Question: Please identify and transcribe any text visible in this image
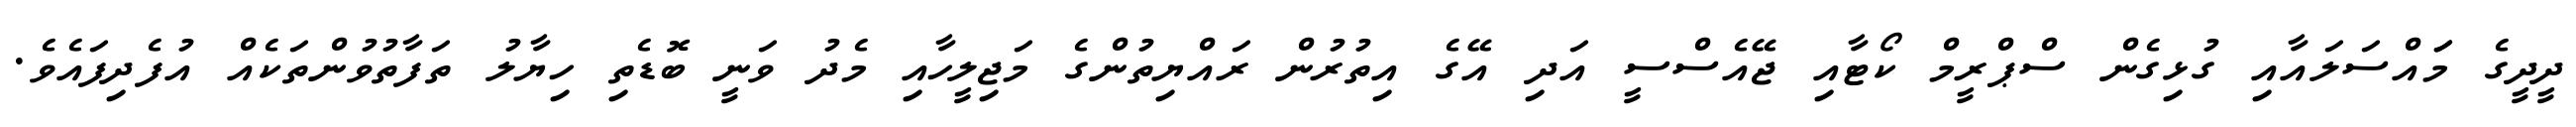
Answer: ދީދީގެ މަައްސަލައާއި ގުޅިގެން ސްޕްރީމް ކޯޓާއި ޖޭއެސްސީ އަދި އޭގެ އިތުރުން ރައްޔިތުންގެ މަޖިލީހާއި މެދު ވަނީ ބޮޑެތި ހިޔާލު ތަފާތުވުންތަކެއް އުފެދިފައެވެ.